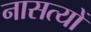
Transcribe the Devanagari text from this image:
नासत्यों